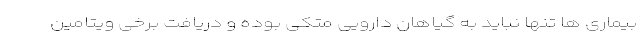
بیماری ها تنها نباید به گیاهان دارویی متکی بوده و دریافت برخی ویتامین